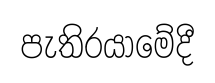
පැතිරයාමේදී